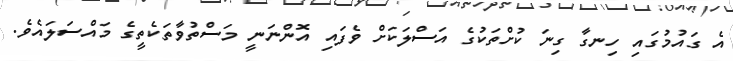
އެ ގައުމުގައި ހިނގާ ގިނަ ކުށްތަކުގެ އަސްލަކަށް ވެފައި އޮންނަނީ މަސްތުވާތަކެތީގެ މައްސަލައެވެ.